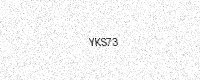
Text: YKS73